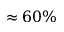
\approx 6 0 \%